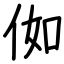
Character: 侞